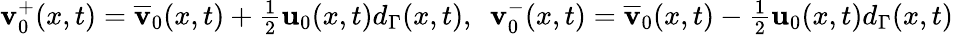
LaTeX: \begin{array}{r}{\mathbf{v}_{0}^{+}(x,t)=\overline{{\mathbf{v}}}_{0}(x,t)+\frac{1}{2}\mathbf{u}_{0}(x,t)d_{\Gamma}(x,t),\ \ \mathbf{v}_{0}^{-}(x,t)=\overline{{\mathbf{v}}}_{0}(x,t)-\frac{1}{2}\mathbf{u}_{0}(x,t)d_{\Gamma}(x,t)}\end{array}